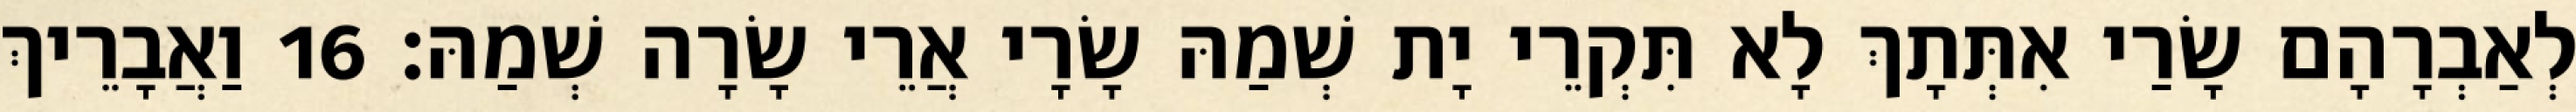
לְאַבְרָהָם שָׂרַי אִתְּתָךְ לָא תִּקְרֵי יָת שְׁמַהּ שָׂרָי אֲרֵי שָׂרָה שְׁמַהּ׃ 16 וַאֲבָרֵיךְ